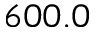
6 0 0 . 0